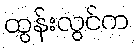
ထွန်းလွင်က